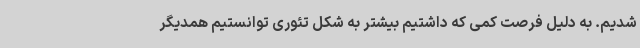
شدیم. به دلیل فرصت کمی که داشتیم بیشتر به شکل تئوری توانستیم همدیگر